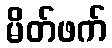
မိတ်ဖက်